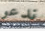
ندعو